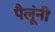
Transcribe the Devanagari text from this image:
पैलूंनी